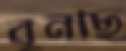
বুনছি